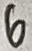
Text: 6